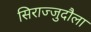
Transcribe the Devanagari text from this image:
सिराज्जुदौला